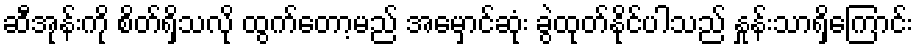
ဆီအုန်းကို စိတ်ရှိသလို ထွက်တော့မည် အမှောင်ဆုံး ခွဲထုတ်နိုင်ပါသည် နှုန်းသာရှိကြောင်း